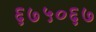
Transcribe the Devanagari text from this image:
६७५०६७